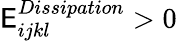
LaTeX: \mathsf{E}_{ijkl}^{Dissipation}>0